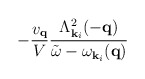
\begin{align*}- \frac{ v_{ {\bf{q}} } }{V}\frac{ \Lambda^{2}_{ {\bf{k}}_{i} }(-{\bf{q}}) }{ {\tilde{\omega}} - \omega_{ {\bf{k}}_{i} }({\bf{q}}) }\end{align*}